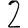
Digit: 2